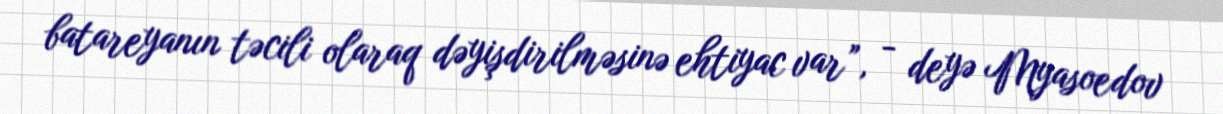
batareyanın təcili olaraq dəyişdirilməsinə ehtiyac var”, - deyə Myasoedov